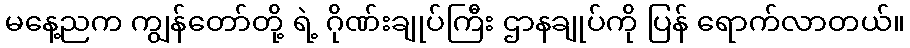
မနေ့ညက ကျွန်တော်တို့ ရဲ့ ဂိုဏ်းချုပ်ကြီး ဌာနချုပ်ကို ပြန် ရောက်လာတယ်။